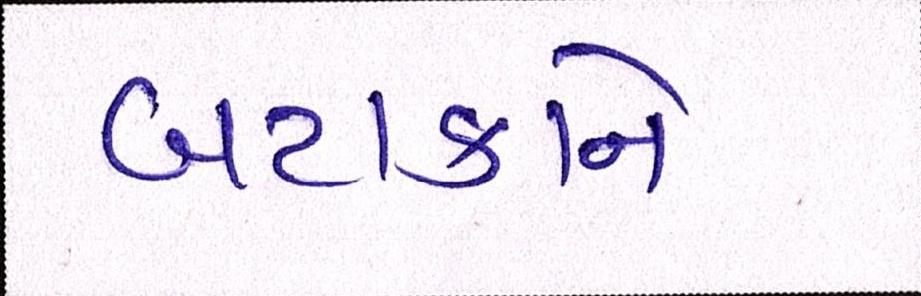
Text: બટાકાને